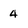
Character: 4